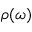
\rho ( \omega )